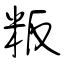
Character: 粄